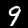
Label: 9